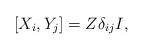
LaTeX: \begin{align*}[X_i,Y_j] = Z\delta_{ij}I, \end{align*}